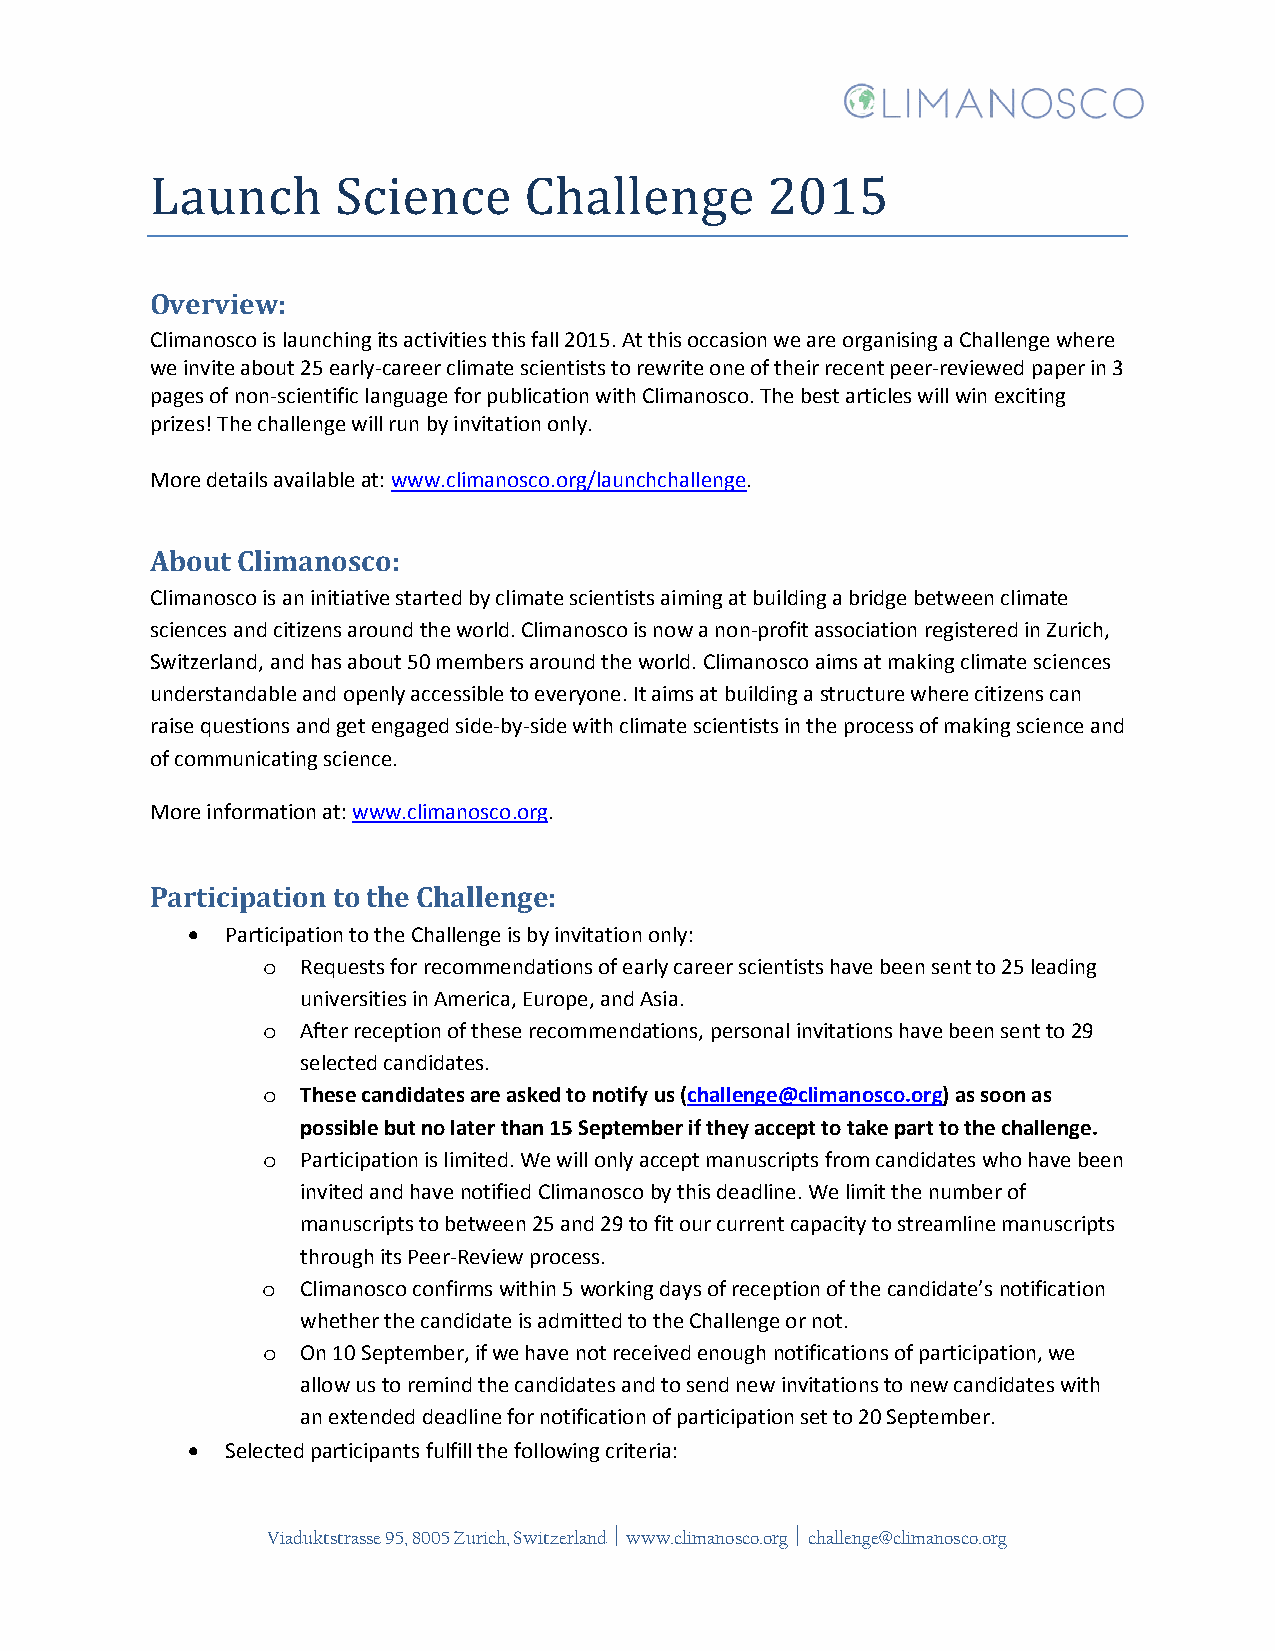
LOvaeruvinewc: h Science Challenge       2015
 Climanosco is launching its activities this fall 2015. At this occasion we are organising a Challenge where
 we invite about 25 early-career climate scientists to rewrite one of their recent peer-reviewed paper in 3
 pages of non-scientific language for publication with Climanosco. The best articles will win exciting
 prizes! The challenge will run by invitation only.
 More details available at: www.climanosco.org/launchchallenge.
 About Climanosco:
 Climanosco is an initiative started by climate scientists aiming at building a bridge between climate
 sciences and citizens around the world. Climanosco is now a non-profit association registered in Zurich,
 Switzerland, and has about 50 members around the world. Climanosco aims at making climate sciences
 understandable and openly accessible to everyone. It aims at building a structure where citizens can
 raise questions and get engaged side-by-side with climate scientists in the process of making science and
 of communicating science.
 More information at: www.climanosco.org.
 Participation to the Challenge:
 •  Participation to the Challenge is by invitation only:
 Requests for recommendations of early career scientists have been sent to 25 leading
 o
 universities in America, Europe, and Asia.
 After reception of these recommendations, personal invitations have been sent to 29
 o
 selected candidates.
 These candidates are asked to notify us (challenge@climanosco.org) as soon as
 o
 possible but no later than 15 September if they accept to take part to the challenge.
 Participation is limited. We will only accept manuscripts from candidates who have been
 o
 invited and have notified Climanosco by this deadline. We limit the number of
 manuscripts to between 25 and 29 to fit our current capacity to streamline manuscripts
 through its Peer-Review process.
 Climanosco confirms within 5 working days of reception of the candidate’s notification
 o
 whether the candidate is admitted to the Challenge or not.
 On 10 September, if we have not received enough notifications of participation, we
 o
 allow us to remind the candidates and to send new invitations to new candidates with
 an extended deadline for notification of participation set to 20 September.
 •  Selected participants fulfill the following criteria:
 Viaduktstrasse 95, 8005 Zurich, Switzerland  www.climanosco.org  challenge@climanosco.org